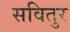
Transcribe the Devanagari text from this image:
सवितुर